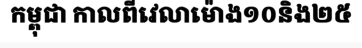
កម្ពុជា កាលពីវេលាម៉ោង១០និង២៥